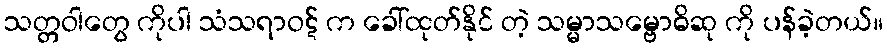
သတ္တဝါတွေ ကိုပါ သံသရာဝဋ် က ခေါ်ထုတ်နိုင် တဲ့ သမ္မာသမ္ဗောဓိဆု ကို ပန်ခဲ့တယ်။